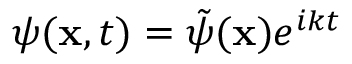
\psi ( \mathbf { x } , t ) = \tilde { \psi } ( \mathbf { x } ) e ^ { i k t }